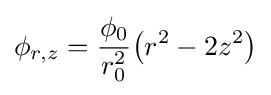
\phi _{r,z}={\frac {\phi _{0}}{r_{0}^{2}}}{\big (}r^{2}-2z^{2}{\big )}